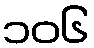
၁၀၆